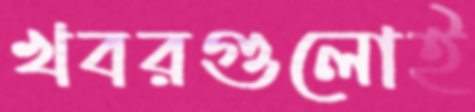
খবরগুলোই